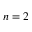
n = 2